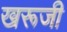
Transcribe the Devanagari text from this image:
खरूजी